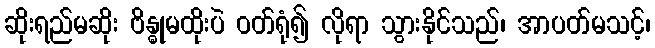
ဆိုးရည်မဆိုး ဗိန္ဓုမထိုးပဲ ဝတ်ရုံ၍ လိုရာ သွားနိုင်သည်၊ အာပတ်မသင့်၊